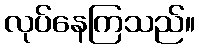
လုပ်နေကြသည်။